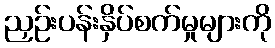
ညှဉ်းပန်းနှိပ်စက်မှုများကို